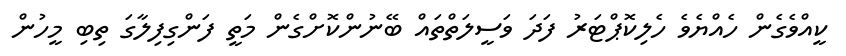
ކީއްވެގެން ހެއްޔެވެ ހެލިކޮޕްޓަރު ފަދަ ވަސީލަތްތަައް ބޭނުންކޮށްގެން މަތީ ފަންގިފިލާގަ ތިބި މީހުން